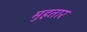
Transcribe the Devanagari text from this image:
मुहतार